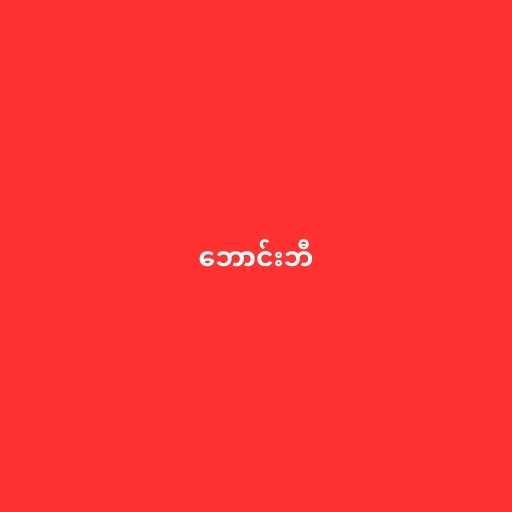
ဘောင်းဘီ